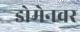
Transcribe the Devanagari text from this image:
डोमेनवर